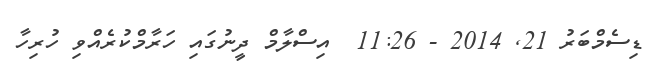
ޑިސެމްބަރު 21